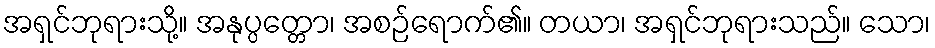
အရှင်ဘုရားသို့။ အနုပ္ပတ္တော၊ အစဉ်ရောက်၏။ တယာ၊ အရှင်ဘုရားသည်။ သော၊